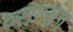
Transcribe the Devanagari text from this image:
व्सत्संग